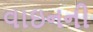
વાઇનની